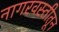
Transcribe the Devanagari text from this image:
नागरवस्तीतून